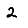
Digit: 2